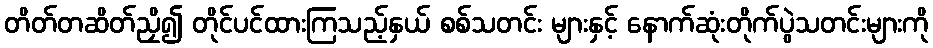
တိတ်တဆိတ်ညှိ၍ တိုင်ပင်ထားကြသည့်နှယ် စစ်သတင်း များနှင့် နောက်ဆုံးတိုက်ပွဲသတင်းများကို